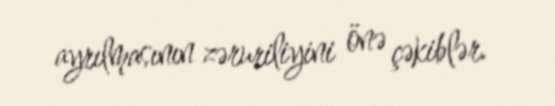
ayrılmasının zəruriliyini önə çəkiblər.